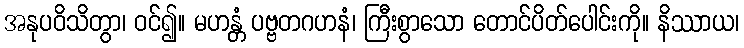
အနုပဝိသိတွာ၊ ဝင်၍။ မဟန္တံ ပဗ္ဗတဂဟနံ၊ ကြီးစွာသော တောင်ပိတ်ပေါင်းကို။ နိဿာယ၊